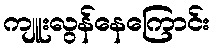
ကျူးလွန်နေကြောင်း